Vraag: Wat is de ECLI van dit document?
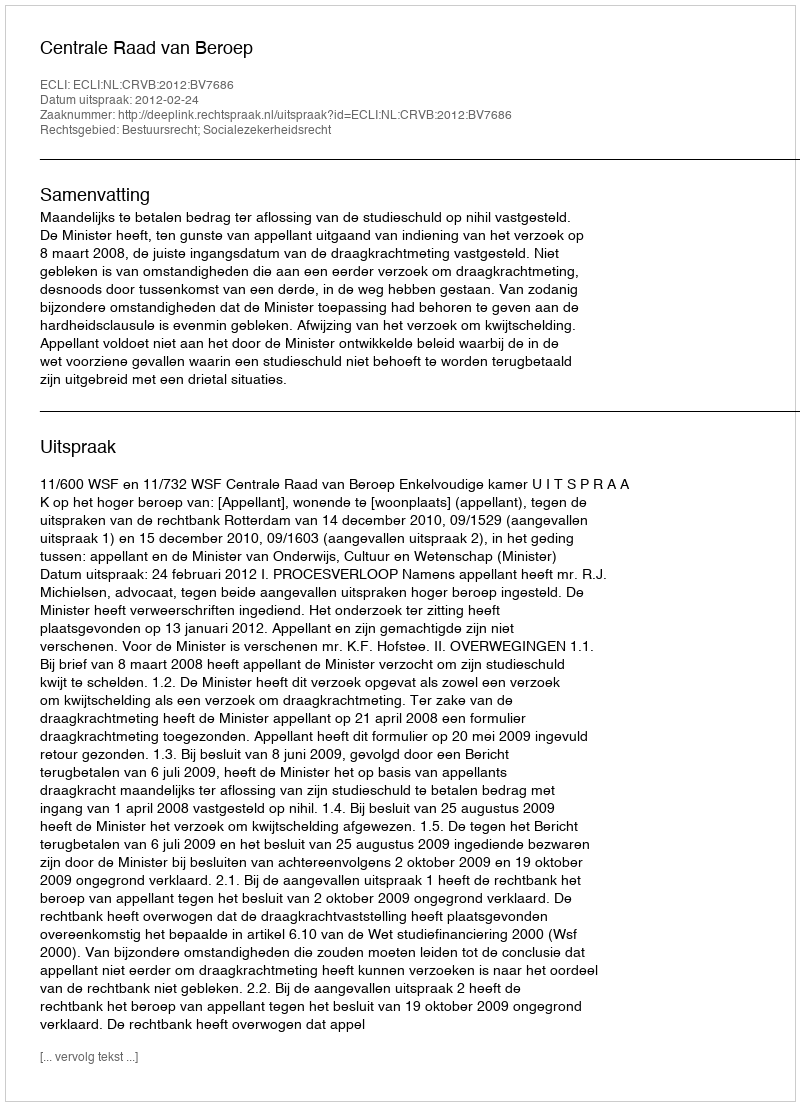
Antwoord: ECLI:NL:CRVB:2012:BV7686